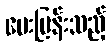
မေးမြန်းသည့်